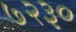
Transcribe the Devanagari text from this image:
७२३०